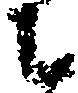
ニ